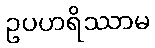
ဥပဟရိဿာမ